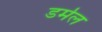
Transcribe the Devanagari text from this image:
डर्मल